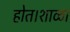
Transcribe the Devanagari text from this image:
होत।शाळा